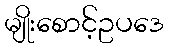
မျိုးစောင့်ဥပဒေ